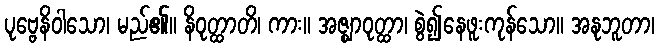
ပုဗ္ဗေနိဝါသော၊ မည်၏။ နိဝုတ္ထာတိ၊ ကား။ အဇ္ဈာဝုတ္ထာ၊ စွဲ၍နေဖူးကုန်သော။ အနုဘူတာ၊